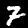
Digit: 7